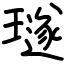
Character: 璲